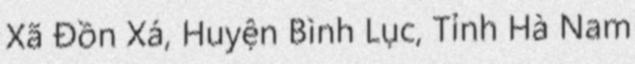
Xã Đồn Xá, Huyện Bình Lục, Tỉnh Hà Nam